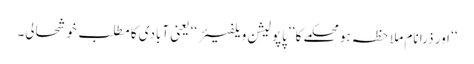
‘‘ اور ذرا نام ملاحظہ ہو محکمے کا ’’پاپولیشن ویلفیئر‘‘ یعنی آبادی کا مطلب خوشحالی۔